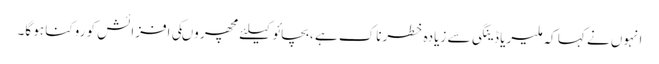
انہوں نے کہا کہ ملیریا ڈینگی سے زیادہ خطرناک ہے ،بچائو کیلئے مچھر وںکی افزائش کو روکنا ہو گا۔